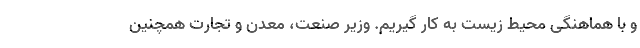
و با هماهنگی محیط زیست به کار گیریم. وزیر صنعت، معدن و تجارت همچنین